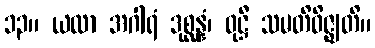
၁၃။ ယထာ အဂါရံ ဒုစ္ဆန္နံ၊ ဝုဋ္ဌီ သမတိဝိဇ္ဈတိ။